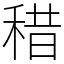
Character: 稓